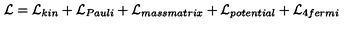
{ \cal L } = { \cal L } _ { k i n } + { \cal L } _ { P a u l i } + { \cal L } _ { m a s s m a t r i x } + { \cal L } _ { p o t e n t i a l } + { \cal L } _ { 4 f e r m i }